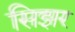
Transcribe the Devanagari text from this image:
सिझर